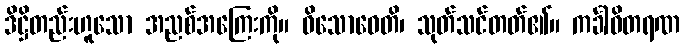
ဒိဋ္ဌိတည်းဟူသော အညစ်အကြေးကို။ ဝိသောဓေတိ၊ သုတ်သင်တတ်၏။ ကင်္ခါဝိတရဏ